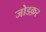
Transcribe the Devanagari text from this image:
जोडक़र